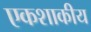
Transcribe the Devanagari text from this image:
एकशाकीय